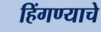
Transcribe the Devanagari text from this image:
हिंगण्याचे